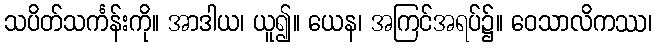
သပိတ်သင်္ကန်းကို။ အာဒါယ၊ ယူ၍။ ယေန၊ အကြင်အရပ်၌။ ဝေသာလိကဿ၊